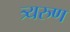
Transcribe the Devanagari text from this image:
त्र्यरुण